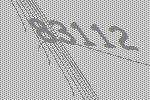
83112